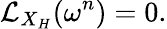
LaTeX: {\mathcal{L}}_{X_{H}}(\omega^{n})=0.